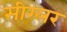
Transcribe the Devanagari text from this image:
सीग्लर